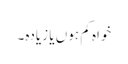
خواہ کم ہوں یا زیادہ۔